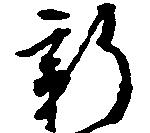
新